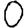
Digit: 0